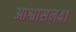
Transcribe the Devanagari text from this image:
आश्वासन४१